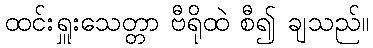
ထင်းရှူးသေတ္တာ ဗီရိုထဲ စီ၍ ချသည်။